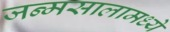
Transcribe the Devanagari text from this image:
जन्मसालामध्ये